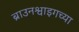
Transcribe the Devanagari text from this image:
ब्राउनश्वाइगच्या